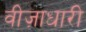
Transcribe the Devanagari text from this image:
वीज़ाधारी